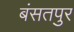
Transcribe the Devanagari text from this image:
बंसतपुर